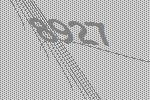
8927